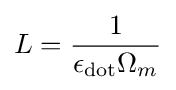
L={\frac {1}{\epsilon _{\text{dot}}\Omega _{m}}}